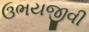
ઉભયજીવી